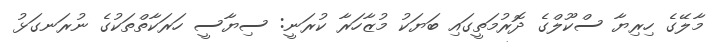
މާލޭގެ ހިރިޔާ ސްކޫލްގެ ދޮރުމަތީގައި ބަޔަކު މުޒާހަރާ ކުރަނީ: ސިޔާސީ ހަރަކާތްތަކުގެ ނުރަނގަޅު